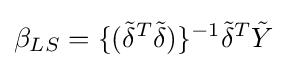
\beta _{LS}=\{({\tilde {\delta }}^{T}{\tilde {\delta }})\}^{-1}{\tilde {\delta }}^{T}{\tilde {Y}}